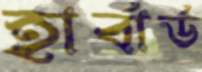
হার্বার্ড